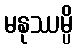
မနုဿမ္ပိ